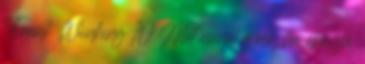
Frank Winking 10 Mit csinál a nő, ha elvágja